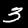
Digit: 3